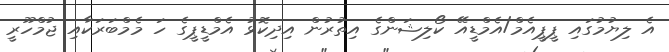
އެ ލިޔުމުގައި ޕީޕީއެމް/އެމްޑީއޭ ކޯލިޝަންގެ އިތުރުން އިދިކޮޅު އެމްޑީޕީގެ ހަ މެމްބަރަކާއި ޖުމްހޫރީ